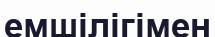
емшілігімен